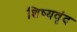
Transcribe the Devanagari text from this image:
शिष्यवृंद